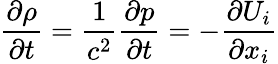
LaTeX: \frac{\partial\rho}{\partial t}=\frac{1}{{{c}^{2}}}\frac{\partial p}{\partial t}=-\frac{\partial{{U}_{i}}}{\partial{{x}_{i}}}